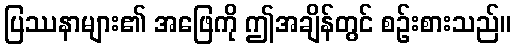
ပြဿနာများ၏ အဖြေကို ဤအချိန်တွင် စဉ်းစားသည်။